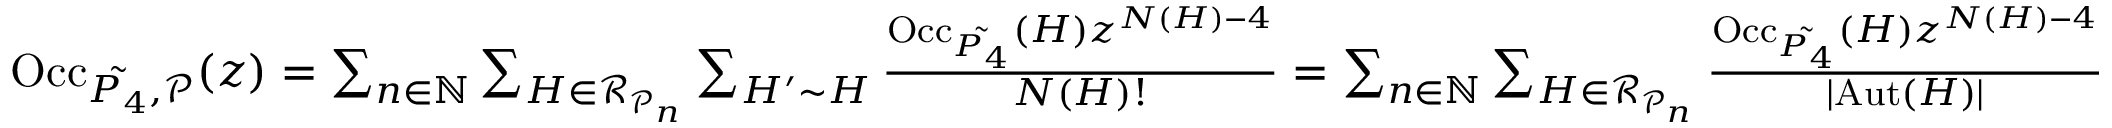
\begin{array} { r l } & { \mathrm { O c c } _ { \tilde { P _ { 4 } } , \mathcal { P } } ( z ) = \sum _ { n \in \mathbb { N } } \sum _ { H \in \mathcal { R } _ { \mathcal { P } _ { n } } } \sum _ { H ^ { \prime } \sim H } \frac { \mathrm { O c c } _ { \tilde { P _ { 4 } } } ( H ) z ^ { N ( H ) - 4 } } { N ( H ) ! } = \sum _ { n \in \mathbb { N } } \sum _ { H \in \mathcal { R } _ { \mathcal { P } _ { n } } } \frac { \mathrm { O c c } _ { \tilde { P _ { 4 } } } ( H ) z ^ { N ( H ) - 4 } } { | \mathrm { A u t } ( H ) | } } \end{array}